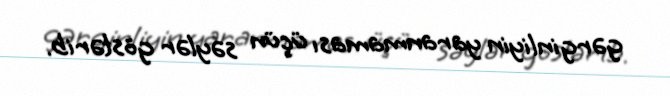
gərginliyin yaranmaması üçün səylər göstərib.